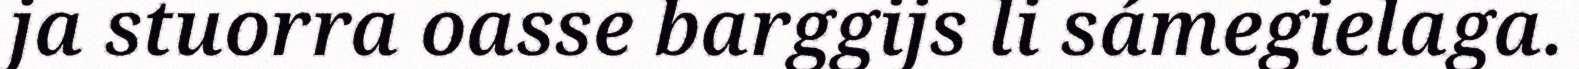
ja stuorra oasse barggijs li sámegielaga.